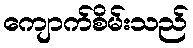
ကျောက်စိမ်းသည်